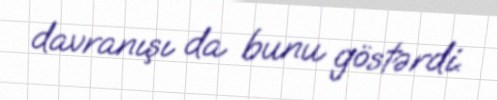
davranışı da bunu göstərdi.